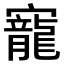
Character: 寵